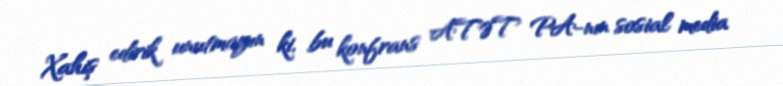
Xahiş edirik unutmayın ki, bu konfrans ATƏT PA-nın sosial media